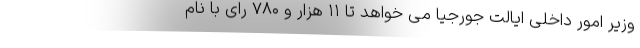
وزیر امور داخلی ایالت جورجیا می خواهد تا ۱۱ هزار و ۷۸۰ رای با نام